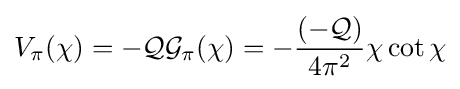
V_{\pi }(\chi )=-{\mathcal {Q}}{\mathcal {G}}_{\pi }(\chi )=-{\frac {\left(-{\mathcal {Q}}\right)}{4\pi ^{2}}}\chi \cot \chi